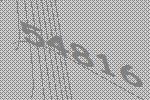
54816